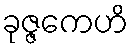
ခုဇ္ဇကေဟိ